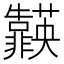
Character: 𮧈